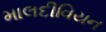
માલદીવિયન